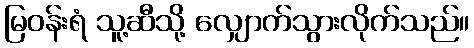
မြဝန်းရံ သူ့ဆီသို့ လျှောက်သွားလိုက်သည်။